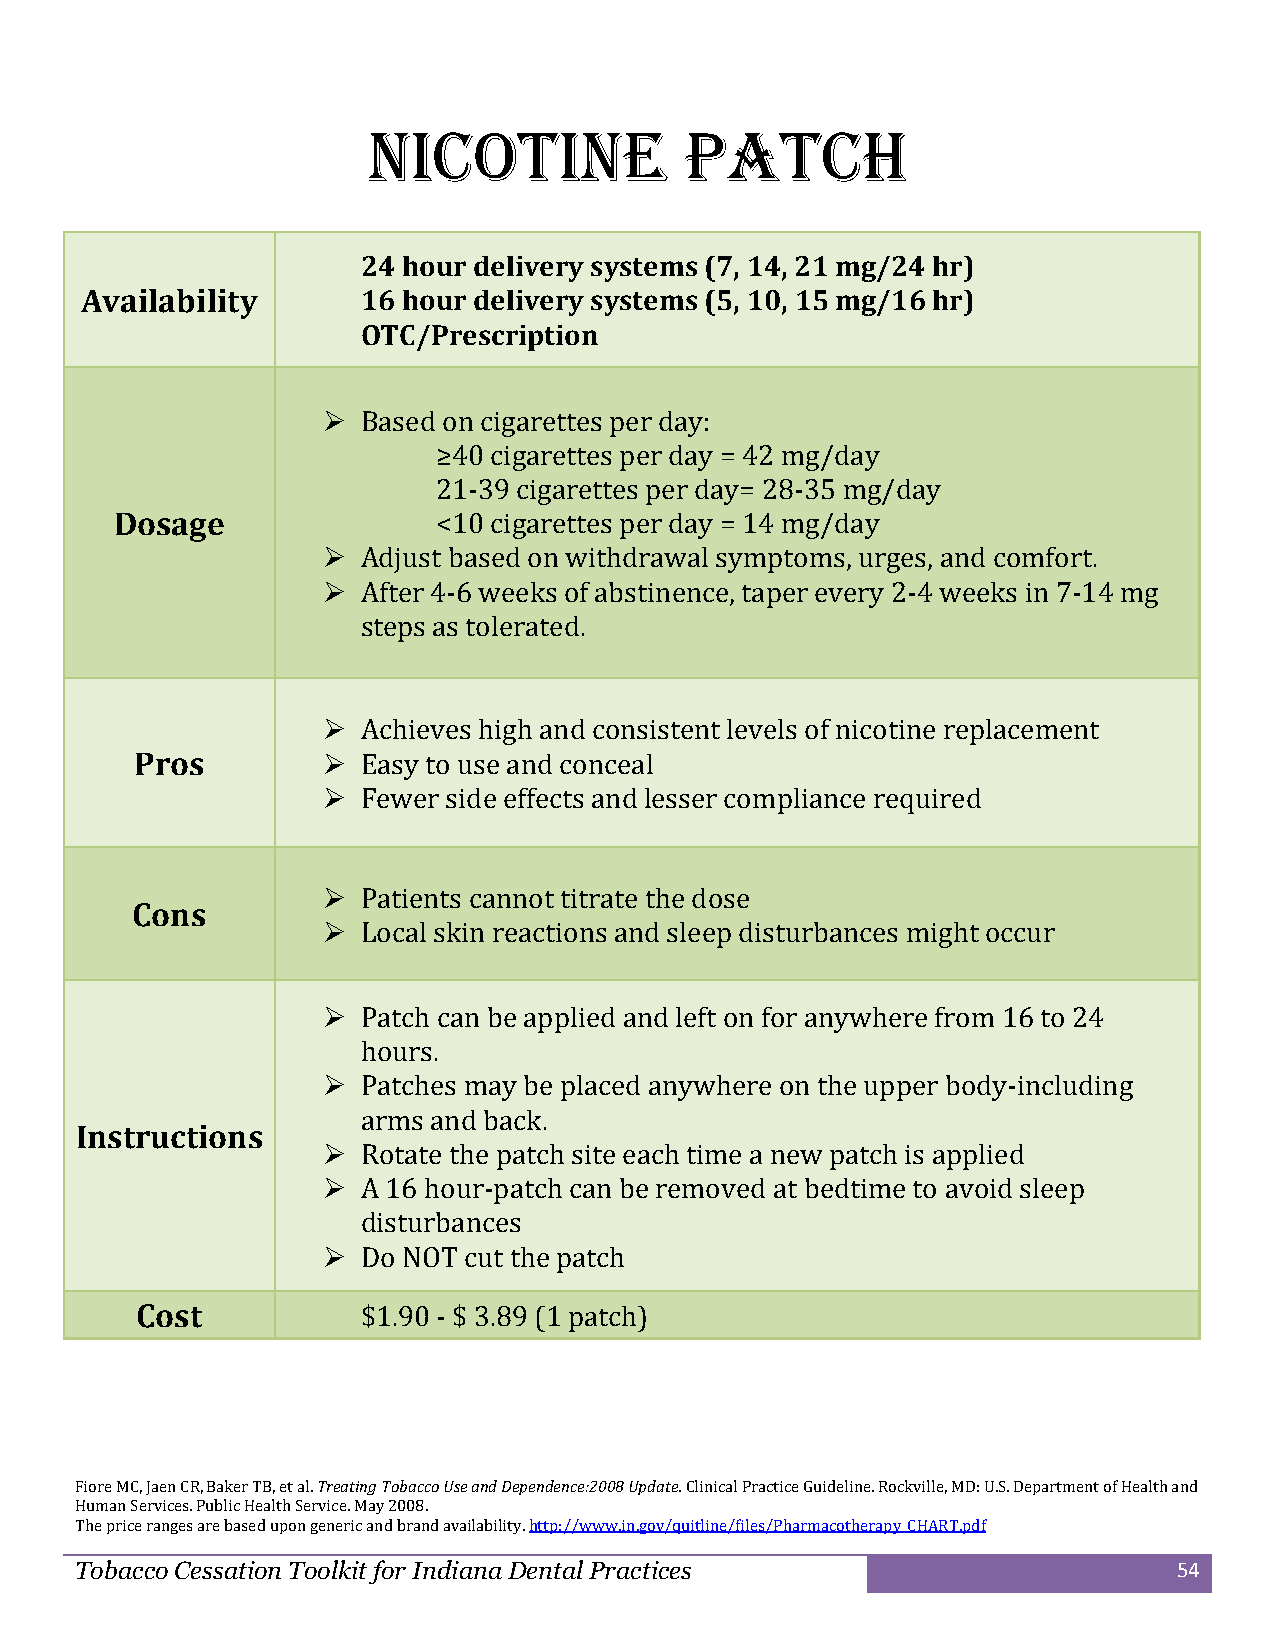
Nicotine             Patch
 24 hour delivery systems (7, 14, 21 mg/24 hr)
 Availability       16 hour delivery systems (5, 10, 15 mg/16 hr)
 OTC/Prescription
   Based on cigarettes per day:
 ≥40 cigarettes per day = 42 mg/day
 21-39 cigarettes per day= 28-35 mg/day
 Dosage               <10 cigarettes per day = 14 mg/day
   Adjust based on withdrawal symptoms, urges, and comfort.
   After 4-6 weeks of abstinence, taper every 2-4 weeks in 7-14 mg
 steps as tolerated.
   Achieves high and consistent levels of nicotine replacement
 Pros          Easy to use and conceal
   Fewer side effects and lesser compliance required
   Patients cannot titrate the dose
 Cons
   Local skin reactions and sleep disturbances might occur
   Patch can be applied and left on for anywhere from 16 to 24
 hours.
   Patches may be placed anywhere on the upper body-including
 arms and back.
 Instructions
   Rotate the patch site each time a new patch is applied
   A 16 hour-patch can be removed at bedtime to avoid sleep
 disturbances
   Do NOT cut the patch
 Cost           $1.90 - $ 3.89 (1 patch)
 Fiore MC, Jaen CR, Baker TB, et al. Treating Tobacco Use and Dependence:2008 Update. Clinical Practice Guideline. Rockville, MD: U .S. Department of Health and
 Human Services. Public Health Service. May 2008.
 The price ranges are based upon generic and brand availability. http://www.in.gov/quitline/files/Pharmacotherapy_CHART.pdf
 Tobacco Cessation Toolkit for Indiana Dental Practices                   54